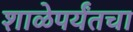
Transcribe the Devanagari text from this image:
शाळेपर्यंतचा